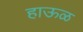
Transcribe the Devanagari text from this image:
हाऊळ